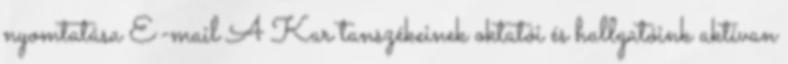
nyomtatása E-mail A Kar tanszékeinek oktatói és hallgatóink aktívan